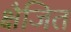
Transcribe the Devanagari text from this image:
क्षैजित